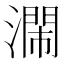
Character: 𣿸